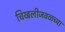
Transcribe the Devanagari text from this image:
चिखलीजवळच्या